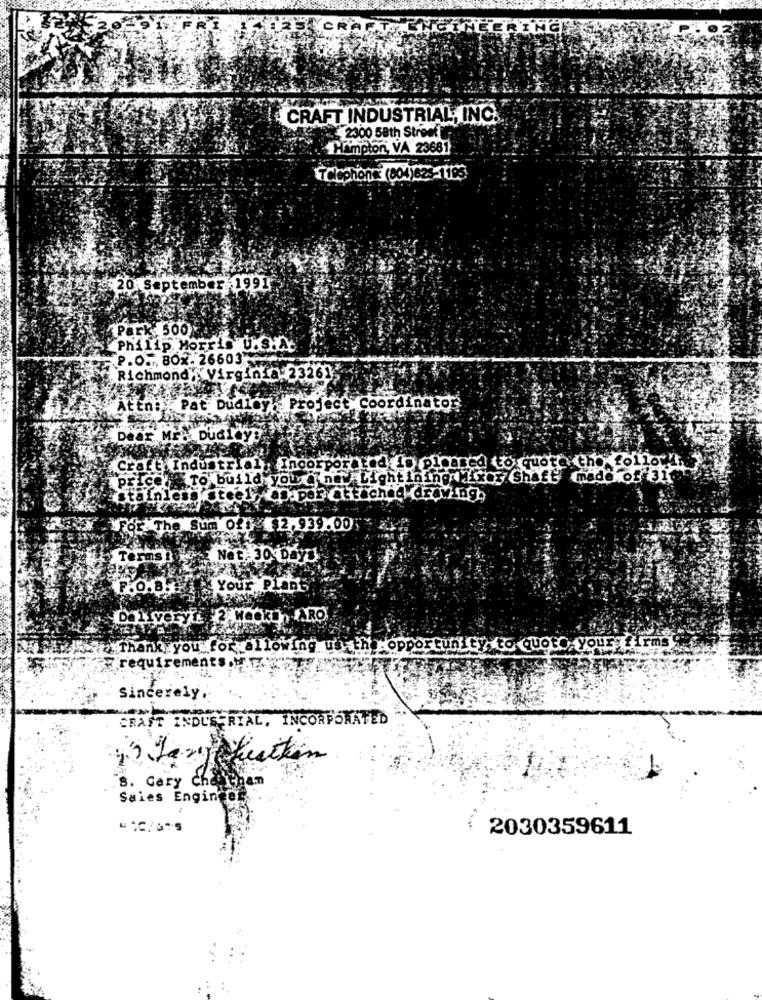
CRAFT INDUSTRIAL, INC.
2300 58th Street
motor, VA 23681
TClephone: (804)623-1195
-20. September 1991
Park: 500
Philip Morris U.S.A.
P.O. BOX. 26603
Richmond,Virginia 23261
"Attni Pat Dudley Project Coordinator
Dear Mr . Dudley:
Craft Industrial Incorpor tad Lo pleased to quote the follow".
Price To build,you @ nav
new Lightining Mixes Shaft made of 31
stainless steel op. per ched drawings
For The Sum 041 2,939.00
Your Plant
Thank you for allowing us the. opport
Gy to Quoto, your, firms
requirements."
Sincerely.
CRAST INDUSTRIAL, INCORPORATED
Jazy Kutkan
8. Gary cha
Sales Engin C
2030359611